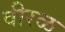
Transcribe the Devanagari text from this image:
वीरळ